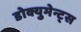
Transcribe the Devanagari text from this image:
डोक्युमेन्ट्स